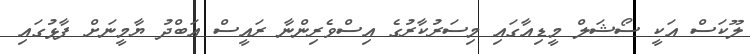
ލޫކަސް އަކީ ސޯޝަލް މީޑިއާގައި މިސަރުކާރުގެ އިސްވެރިންނާ ރައީސް އަބްދު ޔާމީނަށް ފާޅުގައި